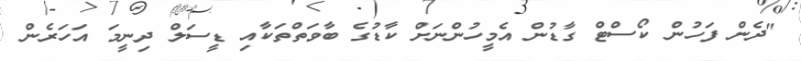
"ދެން ފަހުން ކޯސްޓް ގާޑުން އެމީހުންނަށް ކާޑުގެ ބާވަތްތަކާއި ޑީސަލް ދިނީމަ އަހަރެން